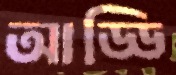
আড্ডি